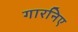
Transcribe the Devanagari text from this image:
गारनिए